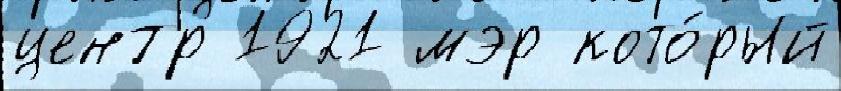
центр 1921 мэр кото́рый